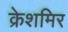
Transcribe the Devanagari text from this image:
क्रेशमिर